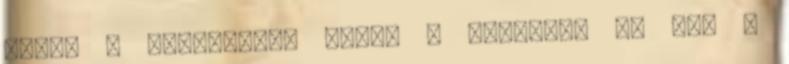
velük a fejlesztés során a gumikat, és mik a